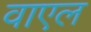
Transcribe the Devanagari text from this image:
वाएल